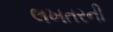
લખતરની